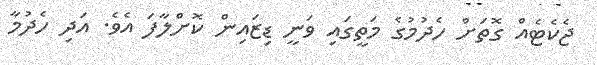
ޖެކެޓެއް ގޮތަށް ހެދުމުގެ މަތީގައި ވަނީ ޑިޒައިން ކޮށްލާފަ އެވެ. އަދި ހެދުމާ